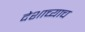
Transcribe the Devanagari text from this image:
देशाच्याच